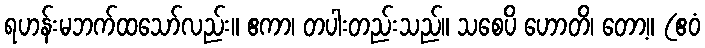
ရဟန်းမဘက်ထသော်လည်း။ ဧကာ၊ တပါးတည်းသည်။ သစေပိ ဟောတိ၊ တော့။ (ဧဝံ